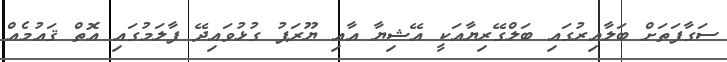
ސަގާފަތަށް ބަލާއިރުގައި ބަލްގޭރިޔާއަކީ އޭޝިޔާ އާއި ޔޫރަޕު ގުޅުވައިދޭ ފާލަމުގައި އޮތް ޤައުމެއް